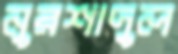
নুরশাদুল